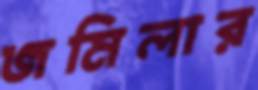
জমিলার